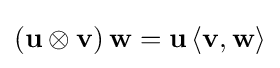
\left(\mathbf {u} \otimes \mathbf {v} \right)\mathbf {w} =\mathbf {u} \left\langle \mathbf {v} ,\mathbf {w} \right\rangle